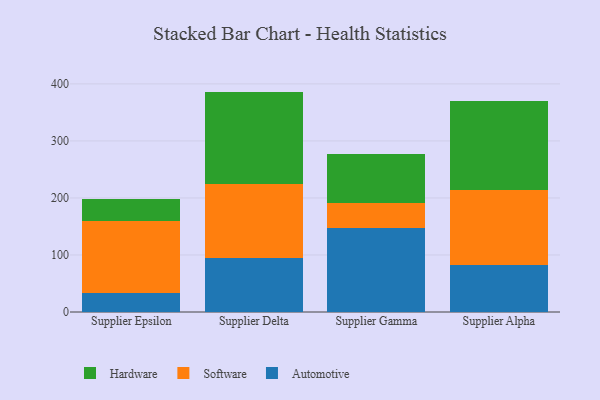
{"axis": {"x": "Supplier", "y": "Page Views"}, "legend": ["Automotive", "Hardware", "Software"], "data": [{"x": "Supplier Epsilon", "y": 33.3, "type": "Automotive"}, {"x": "Supplier Epsilon", "y": 125.7, "type": "Software"}, {"x": "Supplier Epsilon", "y": 38.9, "type": "Hardware"}, {"x": "Supplier Delta", "y": 95.1, "type": "Automotive"}, {"x": "Supplier Delta", "y": 128.8, "type": "Software"}, {"x": "Supplier Delta", "y": 162.6, "type": "Hardware"}, {"x": "Supplier Gamma", "y": 147.0, "type": "Automotive"}, {"x": "Supplier Gamma", "y": 43.4, "type": "Software"}, {"x": "Supplier Gamma", "y": 86.6, "type": "Hardware"}, {"x": "Supplier Alpha", "y": 82.9, "type": "Automotive"}, {"x": "Supplier Alpha", "y": 131.3, "type": "Software"}, {"x": "Supplier Alpha", "y": 155.0, "type": "Hardware"}]}